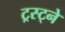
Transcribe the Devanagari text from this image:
ट्रस्ट्ने